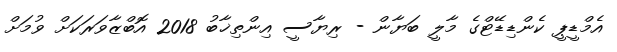
އެމްޑީޕީ ކެންޑިޑޭޓްގެ މާލީ ބަޔާން - ރިޔާސީ އިންތިޚާބު 2018 އޮބްޒާވަރަކަށް ވުމަށް